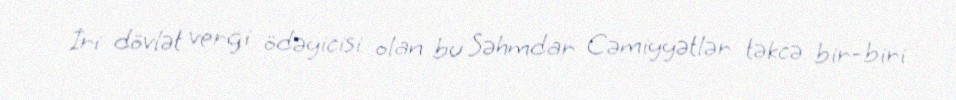
İri dövlət vergi ödəyicisi olan bu Səhmdar Cəmiyyətlər təkcə bir-biri